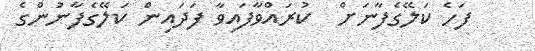
ފަހެ ކަލޭގެފާނަށް  ކުރައްވާފައިވާ ފަދައިން ކަލޭގެފާނުންގެ